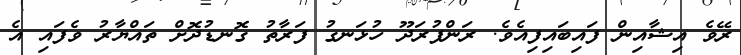
ރޭވެ އިޝާއިން ފައިބައިފިއެވެ. ރަންފުރަދޫ ހުޅަނގު ފަރާތު ގޮނޑުދޮށް ތައްޔާރު ވެފައި އެ